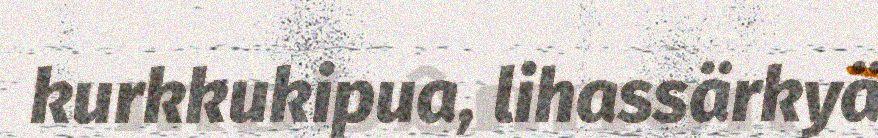
kurkkukipua, lihassärkyä